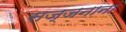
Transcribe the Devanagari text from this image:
सज्जनानां